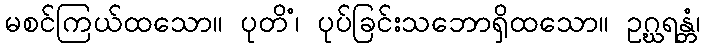
မစင်ကြယ်ထသော။ ပုတိံ၊ ပုပ်ခြင်းသဘောရှိထသော။ ဥဂ္ဃရန္တံ၊